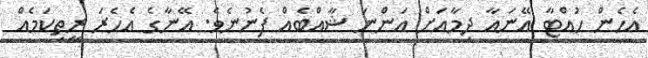
އެހެން ހުއްޓާ އޭނައާ ދިމާއަށް އަންނަ ޝާއްބެއް ފެނުނެވެ. އޭނާގެ އެހެރަ ރީތިކަމެއް